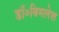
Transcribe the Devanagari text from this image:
डॉ०बिमलेश